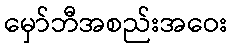
မှော်ဘီအစည်းအဝေး